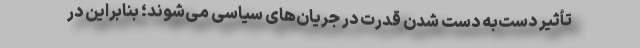
تأثیر دست‌به دست شدن قدرت در جریان‌های سیاسی می‌شوند؛ بنابراین در